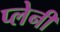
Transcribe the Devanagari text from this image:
प्लेनी